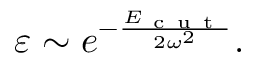
\varepsilon \sim e ^ { - \frac { E _ { \mathrm { ~ c ~ u ~ t ~ } } } { 2 \omega ^ { 2 } } } .